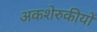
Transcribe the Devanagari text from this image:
अकशेरुकीयों